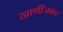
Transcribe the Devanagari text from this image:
खाणींजवळ